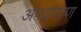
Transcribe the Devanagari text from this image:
अपद्रव्यण